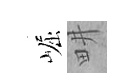
崛畊